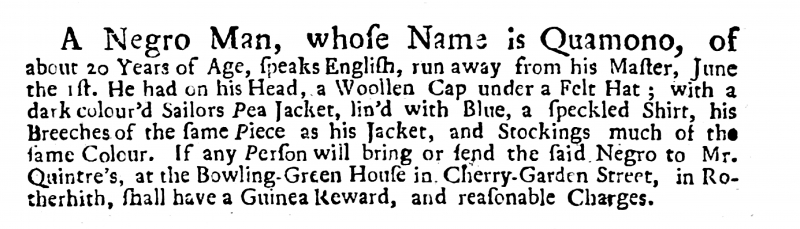
St James’s Evening Post, 8 June 1727 (England)
  A Negro Man, whose Name is Quamono, of about 20 Years of Age, speaks English, run away from his Master, June the 1st. He had on his Head, a Woollen Cap under a Felt Hat; with a dark colour’d Sailors Pea-Jacket, lin’d with Blue, a speckled Shirt, his Breeches of the same Piece as his Jacket, and Stockings much of the same Colour. If any Person will bring or send the said Negro to Mr. Quintre’s, at the Bowling-Green House in Cherry-Garden Street in Rotherhith, shall have a Guinea Reward, and reasonable Charges.